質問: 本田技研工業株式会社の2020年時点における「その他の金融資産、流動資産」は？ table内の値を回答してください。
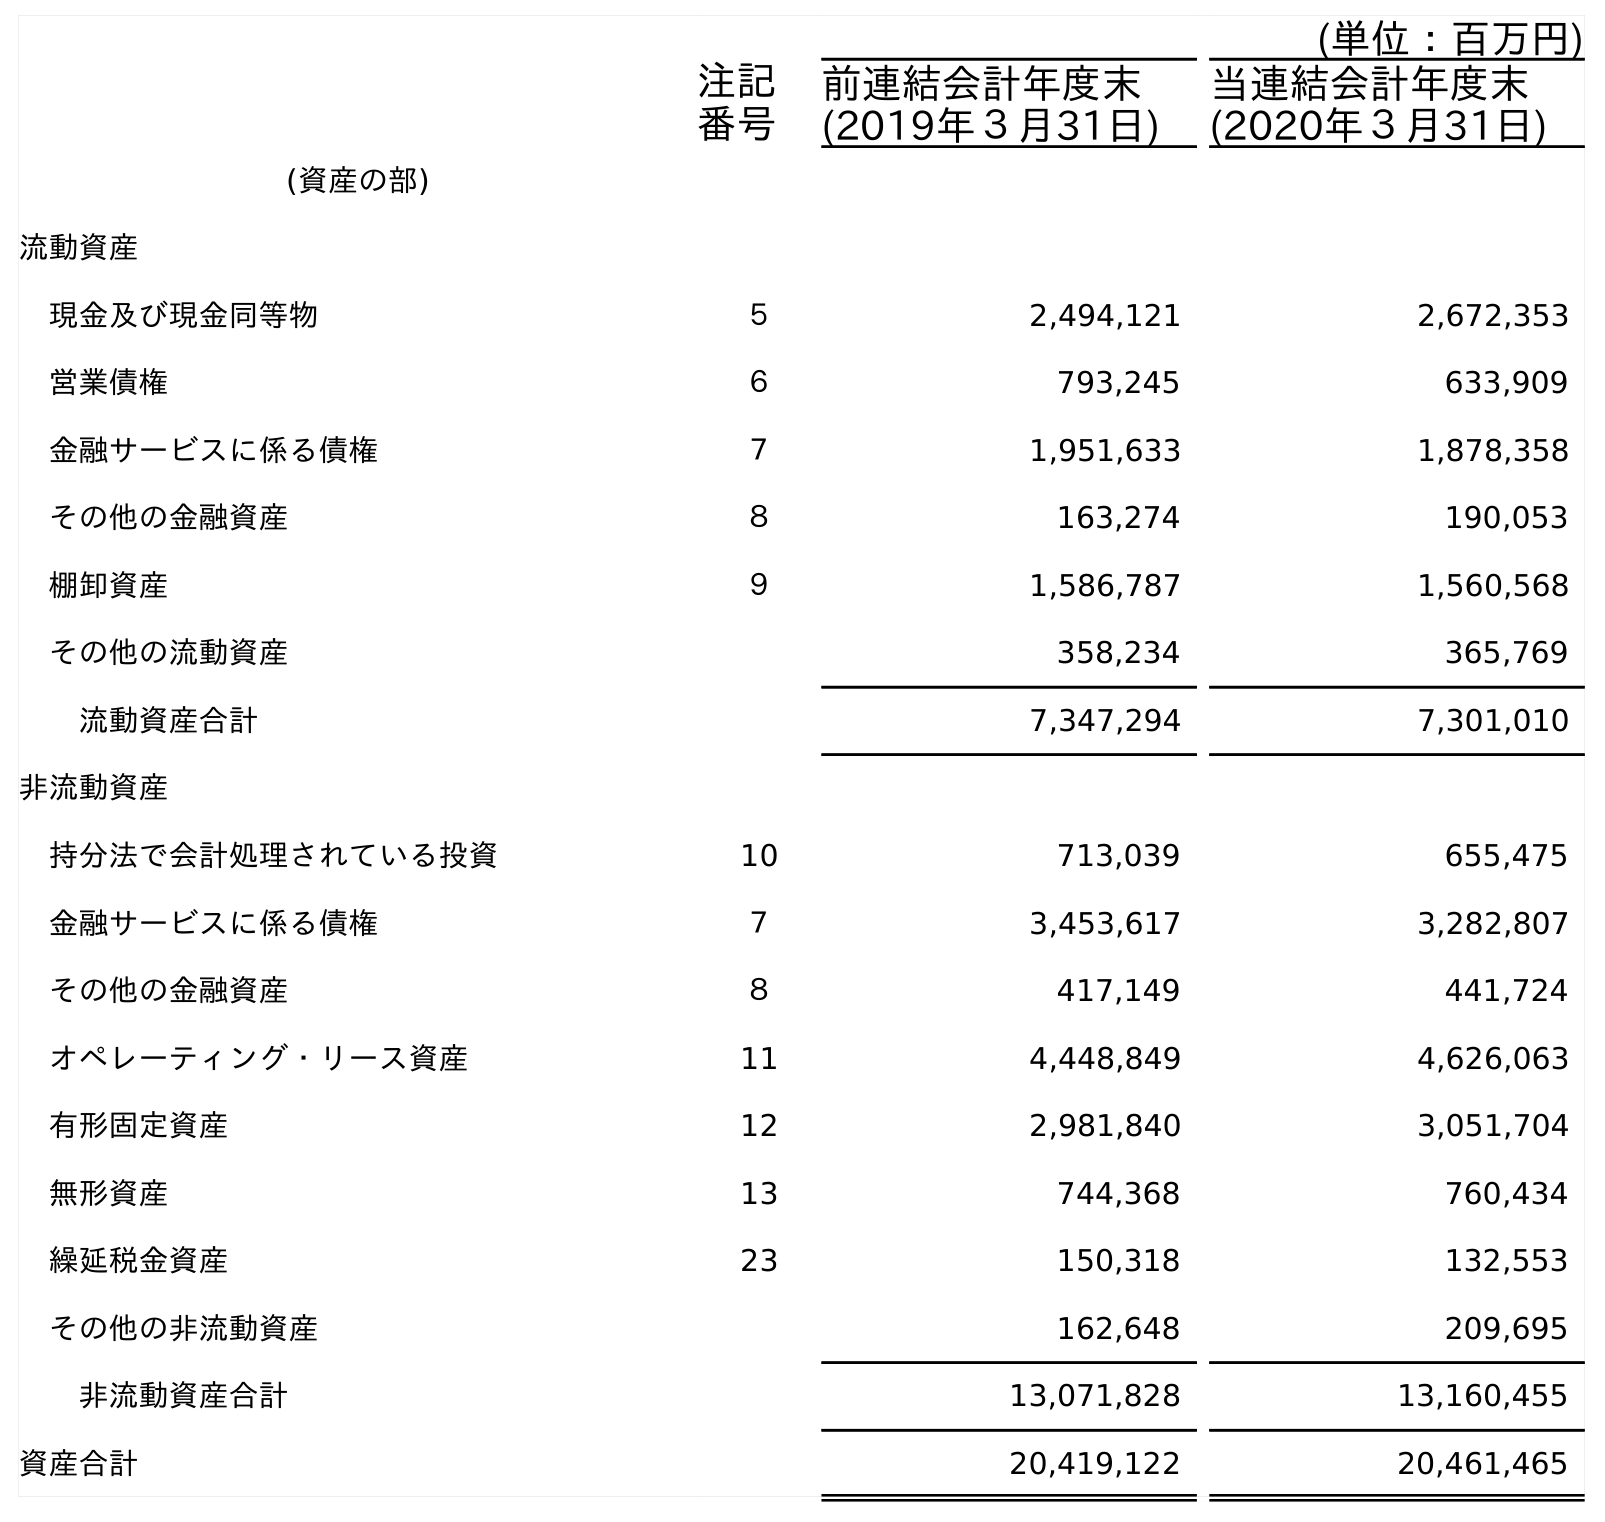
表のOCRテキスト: (単位：百万円) 注記 番号 前連結会計年度末 (2019年３月31日) 当連結会計年度末 (2020年３月31日) (資産の部) 流動資産 現金及び現金同等物 ５ 2,494,121 2,672,353 営業債権 ６ 793,245 633,909 金融サービスに係る債権 ７ 1,951,633 1,878,358 その他の金融資産 ８ 163,274 190,053 棚卸資産 ９ 1,586,787 1,560,568 その他の流動資産 358,234 365,769 流動資産合計 7,347,294 7,301,010 非流動資産 持分法で会計処理されている投資 10 713,039 655,475 金融サービスに係る債権 ７ 3,453,617 3,282,807 その他の金融資産 ８ 417,149 441,724 オペレーティング・リース資産 11 4,448,849 4,626,063 有形固定資産 12 2,981,840 3,051,704 無形資産 13 744,368 760,434 繰延税金資産 23 150,318 132,553 その他の非流動資産 162,648 209,695 非流動資産合計 13,071,828 13,160,455 資産合計 20,419,122 20,461,465
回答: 190,053